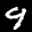
Label: 9